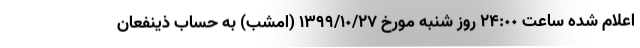
اعلام شده ساعت ٢۴:٠٠ روز شنبه مورخ ١٣٩٩/١٠/٢٧ (امشب) به حساب ذینفعان